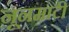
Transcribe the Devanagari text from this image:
नूनमाटी